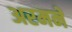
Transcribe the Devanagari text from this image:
अरमने